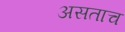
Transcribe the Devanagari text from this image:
असताच